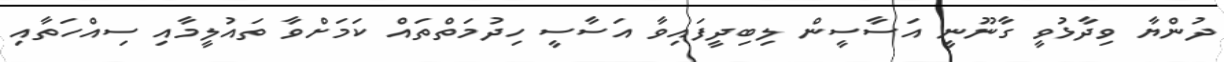
ދުންޔާ ވިދާޅުވީ ގާނޫނީ އަސާސީން ލިބިދީފައިވާ އަސާސީ ހިދުމަތްތައް ކަަމަށްވާ ތައުލީމާއި ސިއްހަތާއި